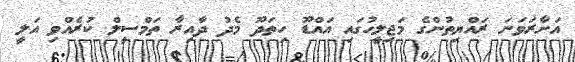
އަށާރަވަނަ ރައްޔިތުންގެ މަޖިލީހުގައި އައްޑޫ ހިތަދޫ މެދު ދާއިރާ ތަމްސީލް ކުރެއްވި އަލީ